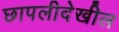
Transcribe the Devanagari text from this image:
छापलीदेखील